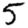
Digit: 5